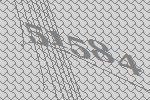
51584